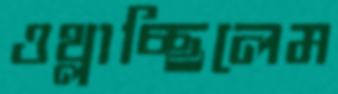
ওথ্‌লাচ্ছিলেম